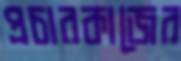
প্রচারকাজের